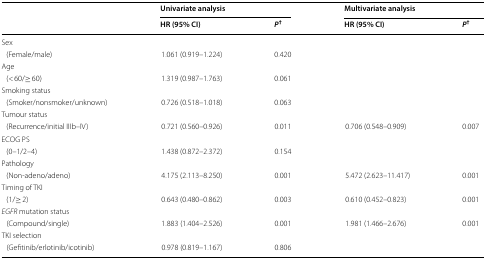
| <ROWSPAN=2>  | <COLSPAN=2> Univariate analysis | <COLSPAN=2> Multivariate analysis |
 | HR (95% CI) | P† | HR (95% CI) | P† |
 | --- | --- | --- | --- | --- |
 | <COLSPAN=5> Sex |
 | (Female/male) | 1.061 (0.919–1.224) | 0.420 |  |  |
 | <COLSPAN=5> Age |
 | (< 60/≥ 60) | 1.319 (0.987–1.763) | 0.061 |  |  |
 | <COLSPAN=5> Smoking status |
 | (Smoker/nonsmoker/unknown) | 0.726 (0.518–1.018) | 0.063 |  |  |
 | <COLSPAN=5> Tumour status |
 | (Recurrence/initial IIIb–IV) | 0.721 (0.560–0.926) | 0.011 | 0.706 (0.548–0.909) | 0.007 |
 | <COLSPAN=5> ECOG PS |
 | (0–1/2–4) | 1.438 (0.872–2.372) | 0.154 |  |  |
 | <COLSPAN=5> Pathology |
 | (Non-adeno/adeno) | 4.175 (2.113–8.250) | 0.001 | 5.472 (2.623–11.417) | 0.001 |
 | <COLSPAN=5> Timing of TKI |
 | (1/≥ 2) | 0.643 (0.480–0.862) | 0.003 | 0.610 (0.452–0.823) | 0.001 |
 | <COLSPAN=5> EGFR mutation status |
 | (Compound/single) | 1.883 (1.404–2.526) | 0.001 | 1.981 (1.466–2.676) | 0.001 |
 | <COLSPAN=5> TKI selection |
 | (Gefitinib/erlotinib/icotinib) | 0.978 (0.819–1.167) | 0.806 |  |  |